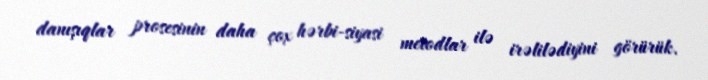
danışıqlar prosesinin daha çox hərbi-siyasi metodlar ilə irəlilədiyini görürük.